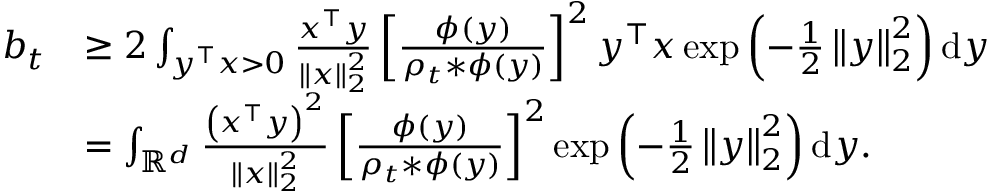
\begin{array} { r l } { b _ { t } } & { \geq 2 \int _ { y ^ { \top } x > 0 } \frac { x ^ { \top } y } { \left\Vert x \right\Vert _ { 2 } ^ { 2 } } \left[ \frac { \phi \left( y \right) } { \rho _ { t } * \phi \left( y \right) } \right] ^ { 2 } y ^ { \top } x \exp \left( - \frac { 1 } { 2 } \left\Vert y \right\Vert _ { 2 } ^ { 2 } \right) \mathrm { d } y } \\ & { = \int _ { \mathbb { R } ^ { d } } \frac { \left( x ^ { \top } y \right) ^ { 2 } } { \left\Vert x \right\Vert _ { 2 } ^ { 2 } } \left[ \frac { \phi \left( y \right) } { \rho _ { t } * \phi \left( y \right) } \right] ^ { 2 } \exp \left( - \frac { 1 } { 2 } \left\Vert y \right\Vert _ { 2 } ^ { 2 } \right) \mathrm { d } y . } \end{array}